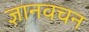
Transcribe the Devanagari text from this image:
ज्ञानवचन